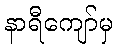
နာရီကျော်မှ